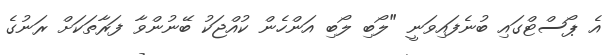
އެ ޕޯސްޓްގައި ބުނެފައިވަނީ "ލޯބި ލޯބި އަންހެން ކުއްޖަކު ބޭނުންވާ ފަރާތަކަށް ރަނުގެ